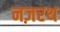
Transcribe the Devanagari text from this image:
नज़रथ